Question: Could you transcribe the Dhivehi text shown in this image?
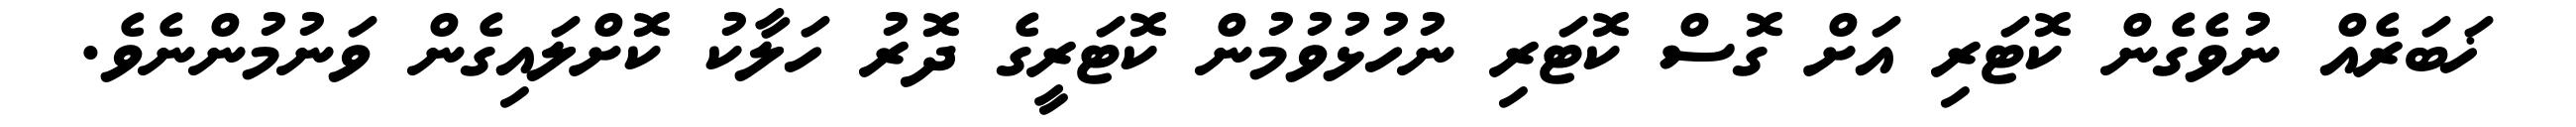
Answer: ޚަބަރެއް ނުވެގެން ކޮޓަރި އަށް ގޮސް ކޮޓަރި ނުހުޅުވުމުން ކޮޓަރީގެ ދޮރު ހަލާކު ކޮށްލައިގެން ވަނުމުންނެވެ.